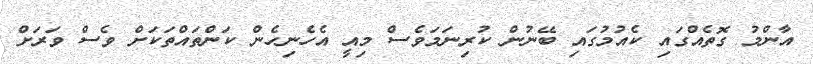
އާންމު ގޮތެއްގައި ކެއުމުގައި ބޭނުން ކުރިނަމަވެސް މިއީ އެހެނިހެން ކަންތައްތަކަށް ވެސް ވަރަށް